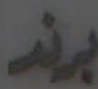
برند